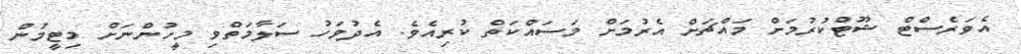
އެވަރެސްޓް ޝޫޓްކުރުމަށް މައްޗަށް އެރުމަށް މަސައްކަތް ކުރިއެވެ. އެދުވަހު ސަލާމަތްވި މީހުންނަށް މިޓީމުން